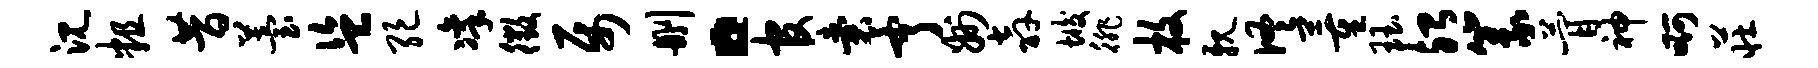
沉粗昔苔盗绝凛徵属删。官囊亨州奔垢徘枚亲佟董珏殆篆瞢神啊庄